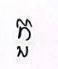
កួ